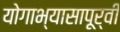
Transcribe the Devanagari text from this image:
योगाभ्यासापूर्वी